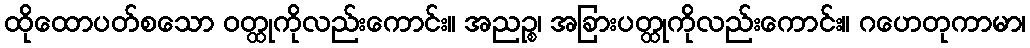
ထိုထောပတ်စသော ဝတ္ထုကိုလည်းကောင်း။ အညဉ္စ၊ အခြားပတ္ထုကိုလည်းကောင်း။ ဂဟေတုကာမာ၊